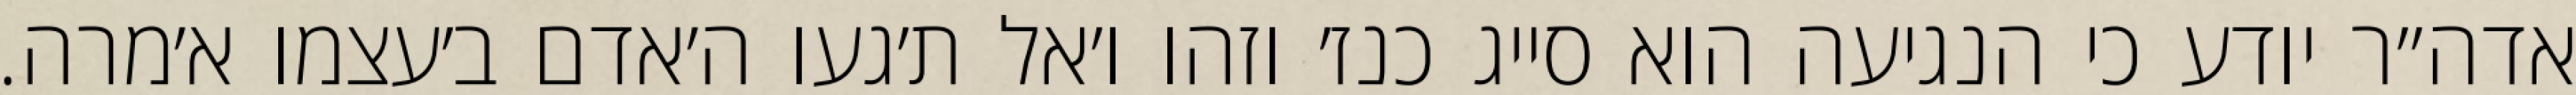
אדה״ר יודע כי הנגיעה הוא סייג כנז׳ וזהו ו׳אל ת׳געו ה׳אדם ב׳עצמו א׳מרה.